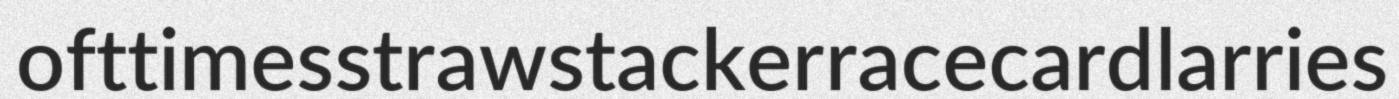
ofttimes strawstacker racecard larries